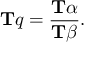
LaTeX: \mathbf { T } q = { \frac { \mathbf { T } \alpha } { \mathbf { T } \beta } } .